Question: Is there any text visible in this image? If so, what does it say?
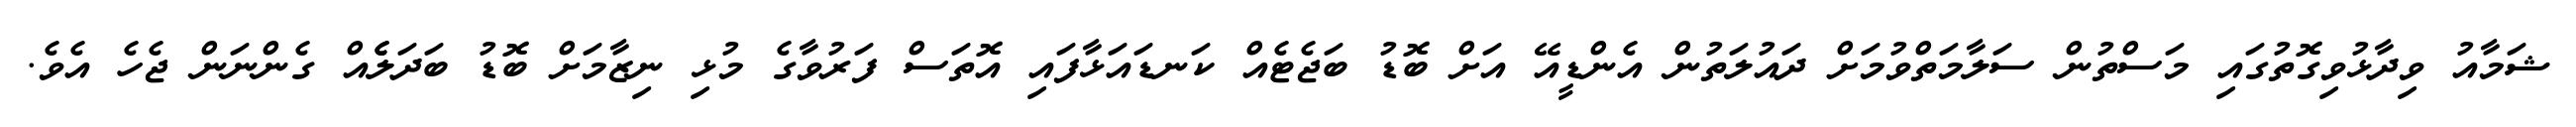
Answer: ޝަމާއު ވިދާޅުވިގޮތުގައި މަސްތުން ސަލާމަތްވުމަށް ދައުލަތުން އެންޑީއޭ އަށް ބޮޑު ބަޖެޓެއް ކަނޑައަޅާފައި އޮތަސް ފަރުވާގެ މުޅި ނިޒާމަށް ބޮޑު ބަދަލެެއް ގެންނަން ޖެހެ އެވެ.